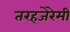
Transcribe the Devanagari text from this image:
तरहजेरेमी